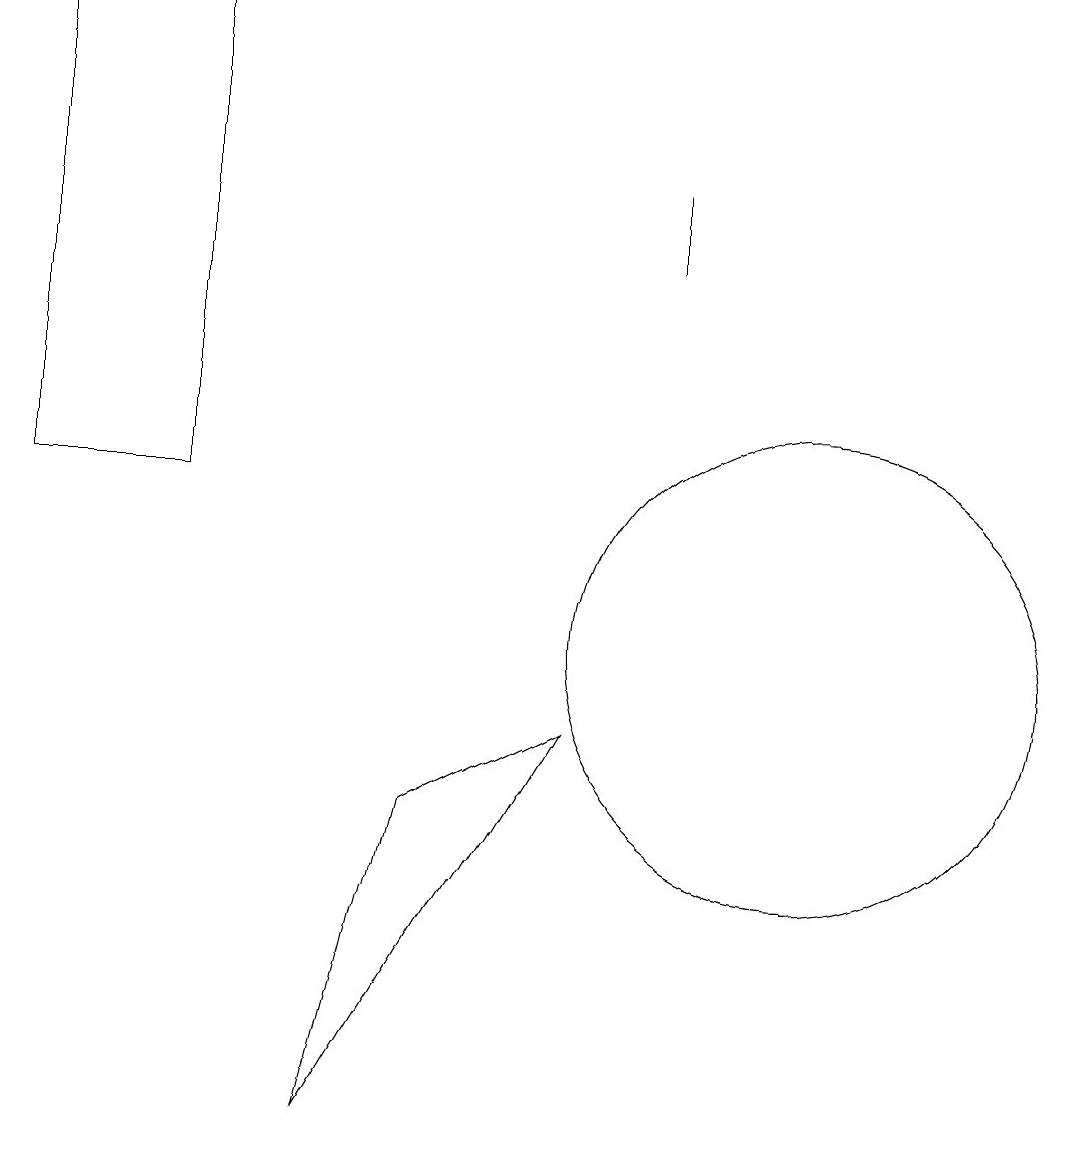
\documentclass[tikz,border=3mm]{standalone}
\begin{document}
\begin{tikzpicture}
\draw (3,18) rectangle (1,12);
\draw (8,9) -- (6,8) -- (5,4) -- cycle;
\draw (11,10) circle (3);
\draw (9,15) rectangle (9,16);
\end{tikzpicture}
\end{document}